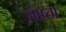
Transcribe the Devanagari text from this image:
नाष्ता